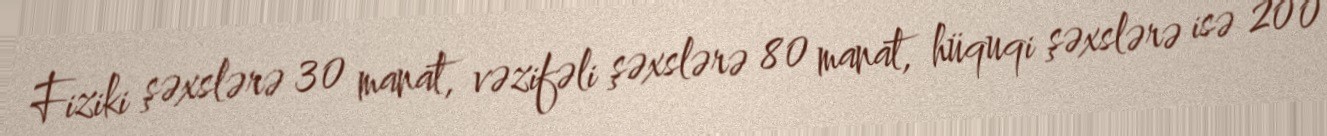
Fiziki şəxslərə 30 manat, vəzifəli şəxslərə 80 manat, hüquqi şəxslərə isə 200